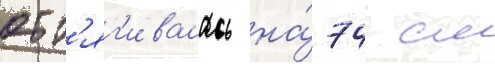
отт'яг'ивалась на́ 74 см